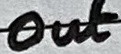
Text: Out